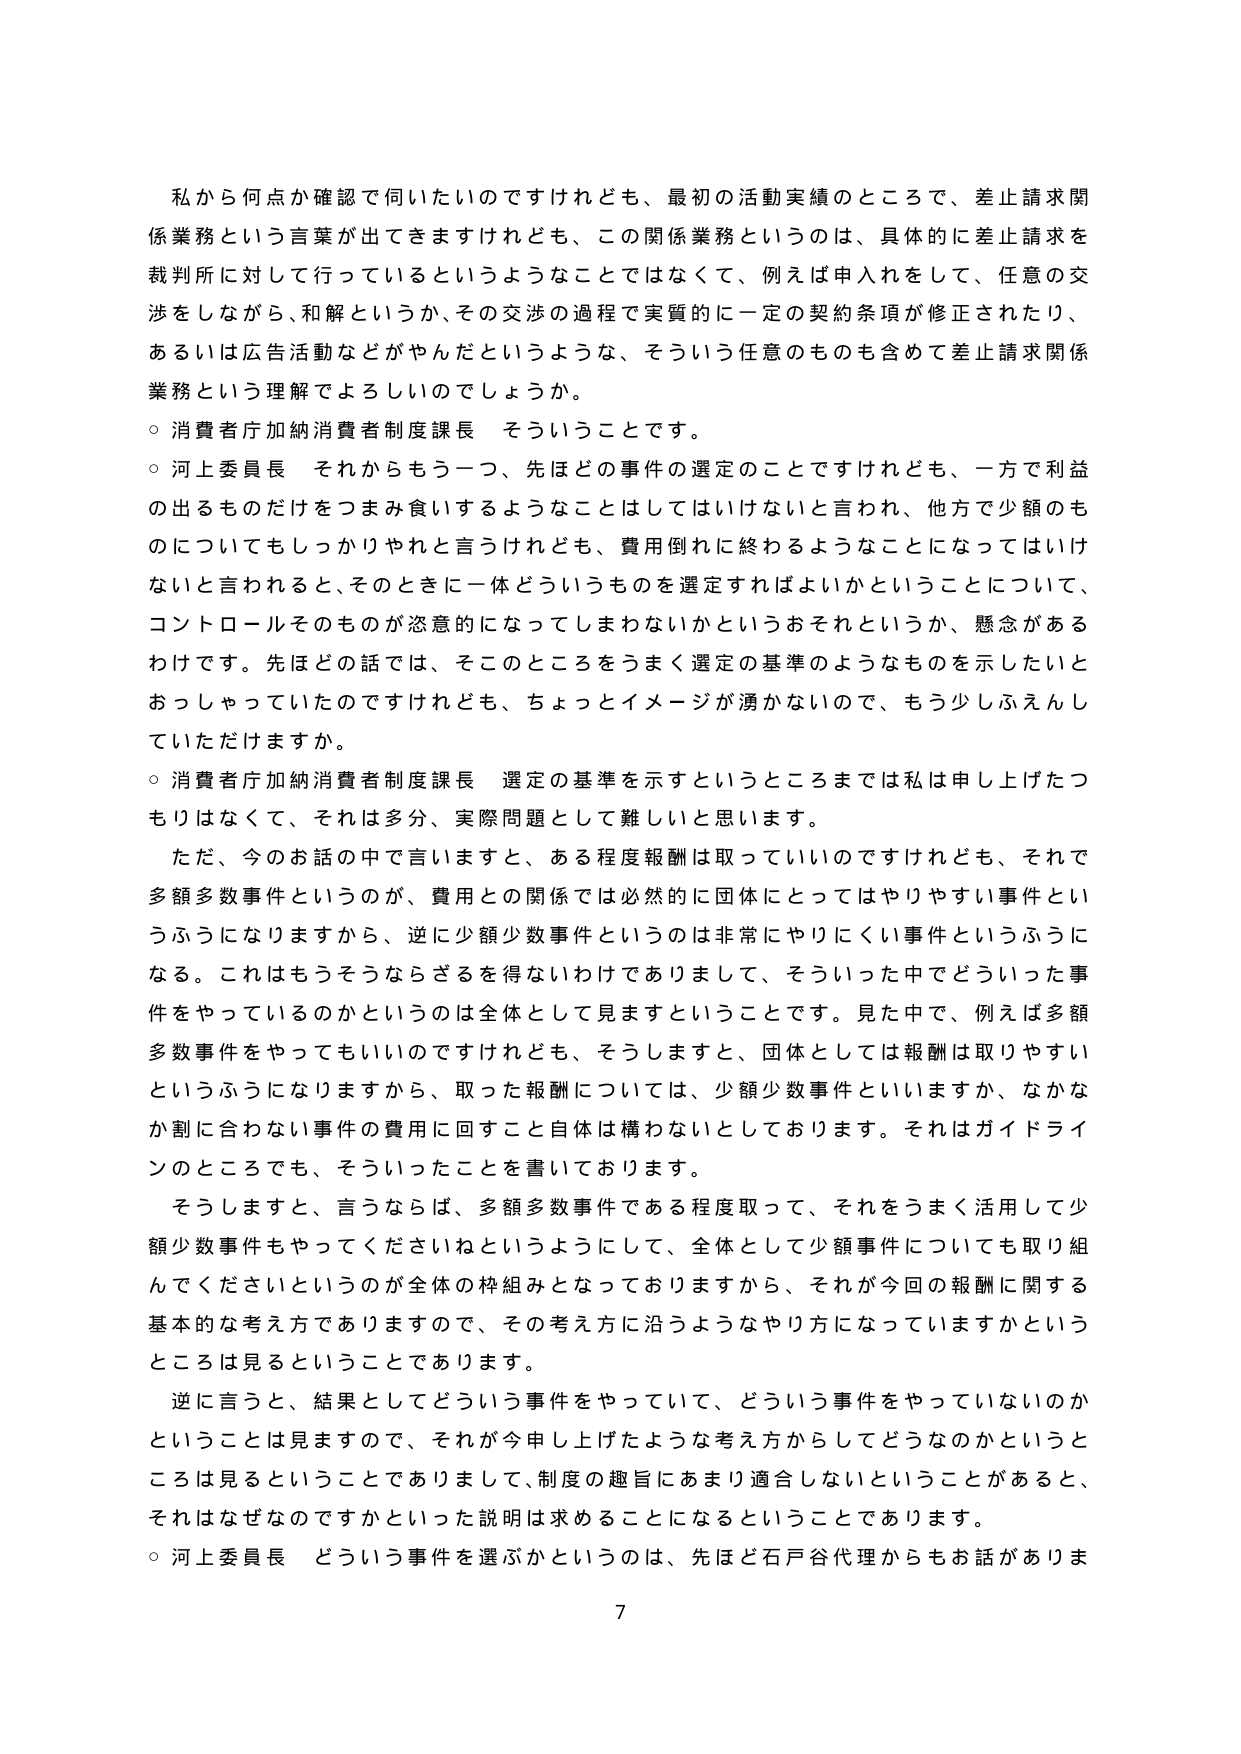
私から何点か確認で伺いたいのですけれども、最初の活動実績のところで、差止請求関係業務という言葉が出てきますけれども、この関係業務というのは、具体的に差止請求を裁判所に対して行っているというようなことではなくて、例えば申入れをして、任意の交渉をしながら、和解というか、その交渉の過程で実質的に一定の契約条項が修正されたり、あるいは広告活動などがやんだというような、そういう任意のものも含めて差止請求関係業務という理解でよろしいでしょうか。

○ 消費者庁加納消費者制度課長 そういうことです。

○ 河上委員長 それからもう一つ、先ほどの事件の選定のことですけれども、一方で利益の出るものだけをつまみ食いするようなことはしてはいけないと言われ、他方で少額のものについてもしっかりやれと言うけれども、費用倒れに終わるようなことになってはいけないと言われると、そのときに一体どういうものを選定すればよいかということについて、コントロールそのものが恣意的になってしまわないかというおそれというか、懸念があるわけです。先ほどの話では、そこのところをうまく選定の基準のようなものを示したいとおっしゃっていたのですけれども、ちょっとイメージが湧かないので、もう少しふえんしていただけますか。

○ 消費者庁加納消費者制度課長 選定の基準を示すというところまでは私は申し上げたつもりはなくて、それは多分、実際問題として難しいと思います。

ただ、今のお話の中で言いますと、ある程度報酬は取っていいのですけれども、それで多額多数事件というのが、費用との関係では必然的に団体にとってはやりやすい事件というふうになりますから、逆に少額少数事件というのは非常にやりにくい事件というふうになる。これはもうそうならざるを得ないわけでありますして、そういった中でどういった事件をやっているのかというのは全体として見ますということです。見た中で、例えば多額多数事件をやってもいいのですけれども、そうしますと、団体としては報酬は取りやすいというふうになりますから、取った報酬については、少額少数事件といいますか、なかなか割に合わない事件の費用に回すこと自体は構わないとしております。それはガイドラインのところでも、そういったことを書いております。

そうしますと、言うならば、多額多数事件である程度取って、それをうまく活用して少額少数事件もやってくださいねというようにして、全体として少額事件についても取り組んでくださいというのが全体の枠組みとなっておりますから、それが今回の報酬に関する基本的な考え方でありますので、その考え方に沿うようなやり方になっていますかというところは見るということではあります。

逆に言うと、結果としてどういう事件をやっていて、どういう事件をやっていないのかということは見ますので、それが今申し上げたような考え方からしてどうなのかというところは見るということでありますして、制度の趣旨にあまり適合しないということがあると、それはなぜなのですかといった説明は求めることになるということではあります。

○ 河上委員長 どういう事件を選ばかというのは、先ほど石戸谷代理からもお話がありま

7